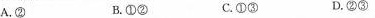
A.② B.①② C.①③ D.②③